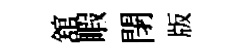
舘睱閉版